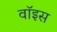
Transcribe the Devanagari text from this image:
वाॅइस